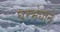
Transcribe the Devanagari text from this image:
घरभेद्याने